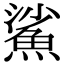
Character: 鯊